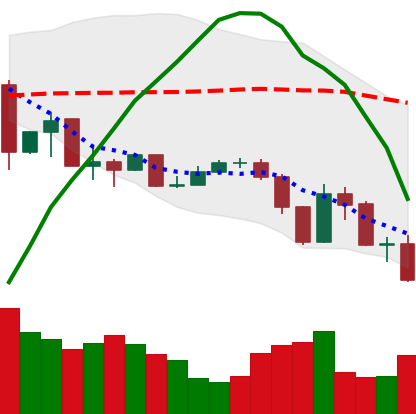
Ticker: XLM-USD
Chart end date: 2019-07-16
Forward return: 16.451%
Label: up_7plus